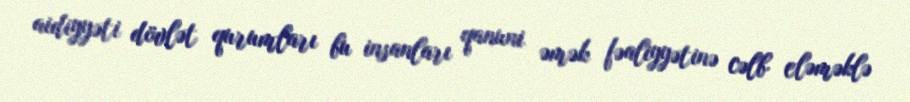
aidiyyəti dövlət qurumları bu insanları qanuni əmək fəaliyyətinə cəlb eləməklə